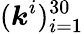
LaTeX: (\boldsymbol{\mathit{k}}^{i})_{i=1}^{30}